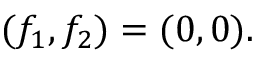
( f _ { 1 } , f _ { 2 } ) = ( 0 , 0 ) .